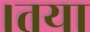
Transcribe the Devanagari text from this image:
।तया